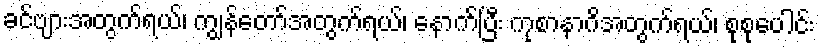
ခင်ဗျားအတွက်ရယ်၊ ကျွန်တော်အတွက်ရယ်၊ နောက်ပြီး ကုစာနာဂိအတွက်ရယ်၊ စုစုပေါင်း